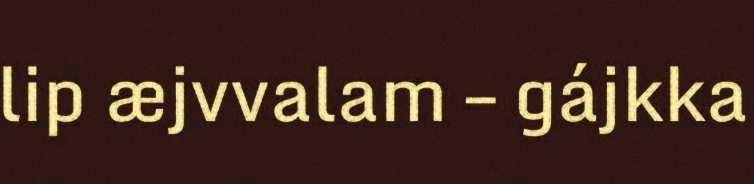
lip æjvvalam – gájkka